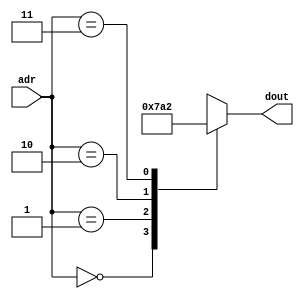
module rom(input      [1:0] adr,
           output reg [2:0] dout);

  always @(adr)
    case(adr)
      2'b00: dout <= 3'b011;
      2'b01: dout <= 3'b110;
      2'b10: dout <= 3'b100;
      2'b11: dout <= 3'b010;
    endcase
endmodule